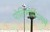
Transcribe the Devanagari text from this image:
पोलिमोर्फ़िज्ममें